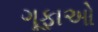
ગૂફાઓ